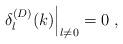
LaTeX: \begin{align*}\left.\delta^{(D)}_{l}(k)\right|_{l \neq 0}=0\; ,\end{align*}